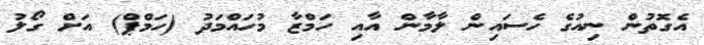
އެގޮތުން ނިއުގެ ހެސައިން ލާމާން އާއި ހަމްޒާ މުހައްމަދު (ހަމްޕް) އަށް ގޯލު